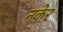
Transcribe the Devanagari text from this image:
नकेर